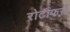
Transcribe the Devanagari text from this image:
रोटीफर्स